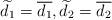
LaTeX: \begin{align*}\widetilde{d}_1 = \overline{ d_1}, \widetilde{d_2} = \overline{ d_2}\end{align*}